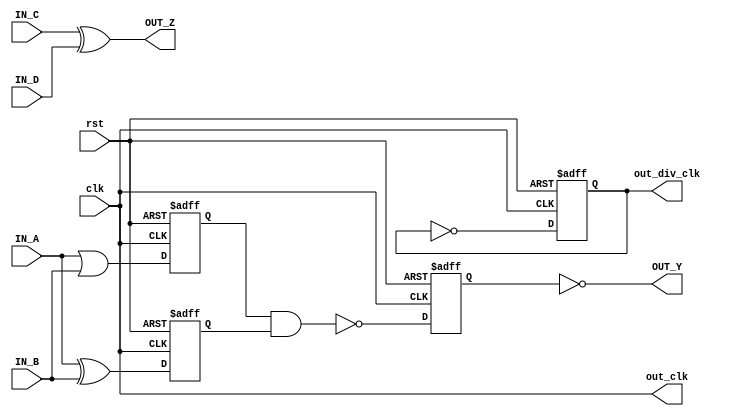


module lab8_circuit (input rst, input clk , input IN_A , input IN_B , output OUT_Y , output out_clk , output reg out_div_clk , input IN_C , input IN_D , output OUT_Z );
reg REGA , REGB , REGC ; 

always @ (posedge clk , posedge rst)
begin
	if(rst)
	begin
		REGA <= 1'b0;
		REGB <= 1'b0;
		REGC <= 1'b0;
		out_div_clk <= 1'b0;
	end
	else
	begin
		REGA <= IN_A | IN_B;
		REGB <= IN_A ^ IN_B;
		REGC <= !(REGA & REGB);
		out_div_clk <= ~out_div_clk; 
	end
end

assign OUT_Y = ~REGC;

assign out_clk = clk;
assign OUT_Z = IN_C ^ IN_D ;


endmodule